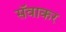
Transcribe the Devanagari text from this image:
सॅवाकर